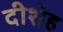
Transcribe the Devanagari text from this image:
दीशेह